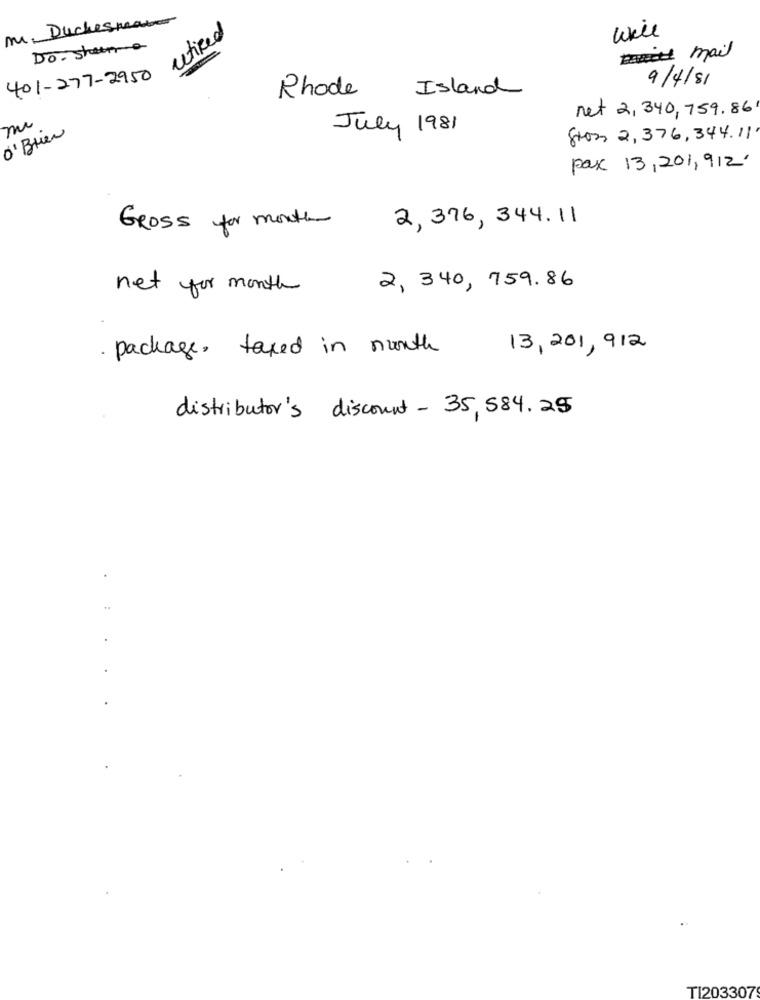
m. Duchesmas
retired
will
Do. shema
Ditt mail
401-277-2950
9/4/81
Island
Rhode
net 2,340, 759.86
mi
O' Brien
July 1981
gross 2, 376, 344.11'
pax 13,201,912'
2, 376, 344. 11
Gross for months
£
net for month
2, 340, 759.86
· package, taxed in month
13,201, 912
distributor's discount - 35,584.25
...
TI203307